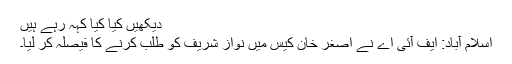
دیکھیں کیا کیا کہہ رہے ہیں
اسلام آباد: ایف آئی اے نے اصغر خان کیس میں نواز شریف کو طلب کرنے کا فیصلہ کر لیا۔